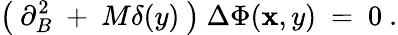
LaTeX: \left(~\partial_{B}^{2}~+~M\delta(y)~\right)~{\Delta\Phi}(\mathbf{x},y)~=~0~.